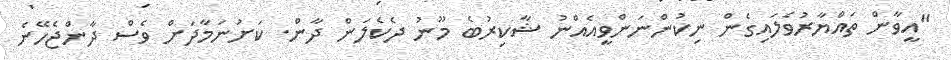
"އީވާން ތައްޔާރުވެލައިގެން ނިކުންނަންވީއެއްނު ޝާކިރުބެ މޫނު ދެކެލަން ދާން. ކަށުނަމާދަށް ވެސް ދާންޖެހޭނެ